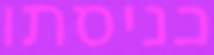
כניסתו